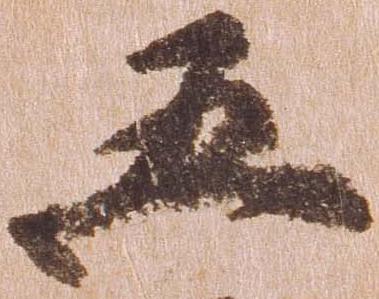
五